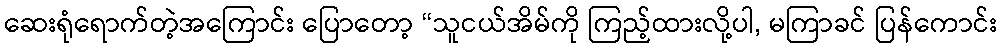
ဆေးရုံရောက်တဲ့အကြောင်း ပြောတော့ “သူငယ်အိမ်ကို ကြည့်ထားလို့ပါ, မကြာခင် ပြန်ကောင်း